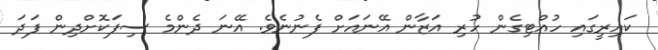
ކައިރީގައި ހުއްޓިގެން ހުރި އަޒާން އޭނައަށް ފެނުނެވެ. އޭނަ ދެންމެ ސިފަކޮށްދިން ފަދަ